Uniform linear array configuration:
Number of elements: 24
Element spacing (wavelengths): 0.75
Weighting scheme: binomial
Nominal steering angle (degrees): -60
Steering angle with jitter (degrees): -60.712
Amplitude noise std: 0.05
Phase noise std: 0.05

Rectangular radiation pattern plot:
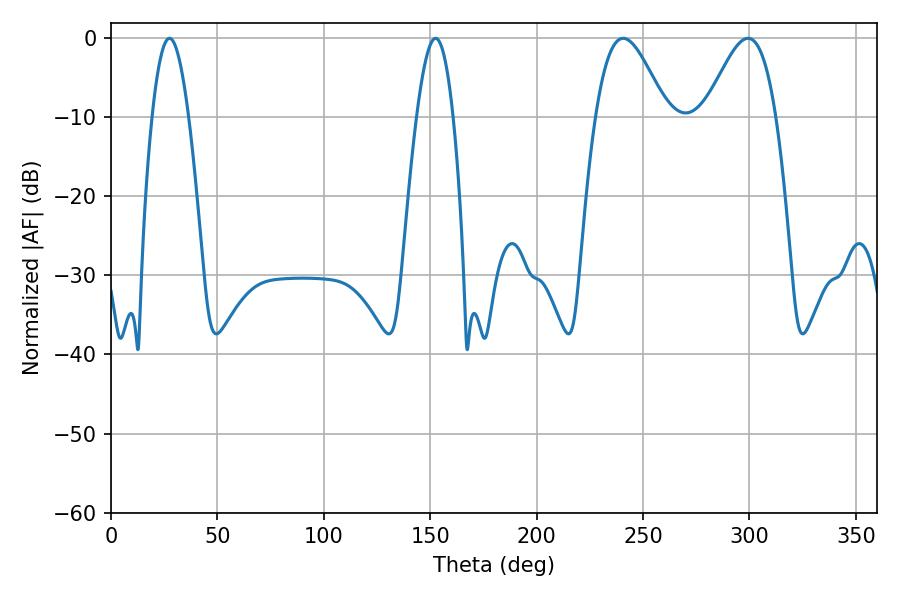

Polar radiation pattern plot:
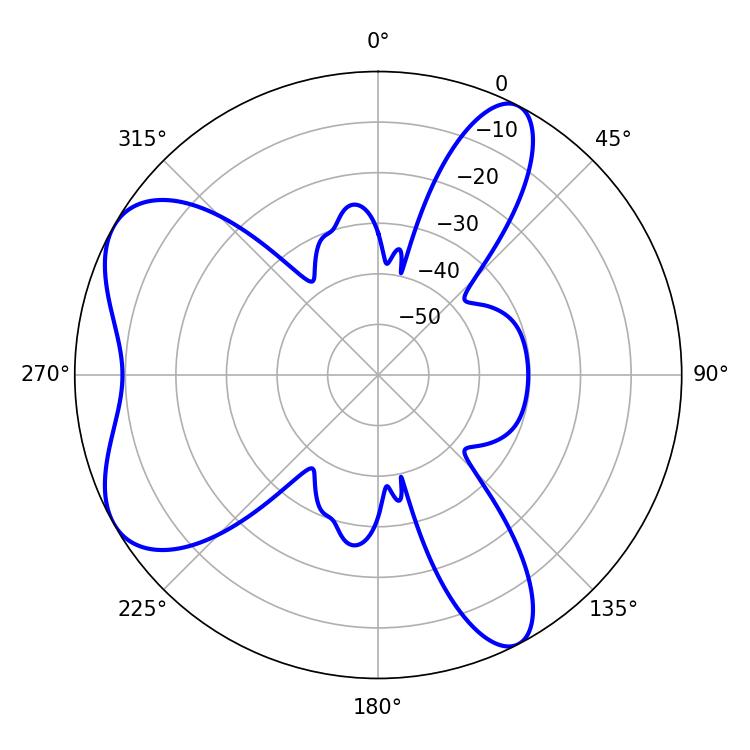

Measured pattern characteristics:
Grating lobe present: TRUE
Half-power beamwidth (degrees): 17.64
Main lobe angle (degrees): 240.66